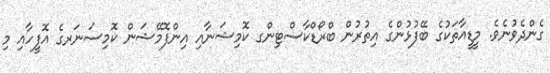
ގެންދެވުނެވެ. މީޑީއާތަކުގެ ބޭފުޅުންގެ އިތުރުން ބްރޯޑްކާސްޓިންގ ކޮމިޝަނާއި އިންފޮމޭޝަން ކޮމިސަނަރގެ އޮފީހާއި މި